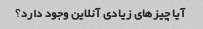
آیا چیزهای زیادی آنلاین وجود دارد؟